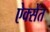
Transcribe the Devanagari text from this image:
ऐक्सेंत